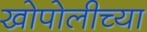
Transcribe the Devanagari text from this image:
खोपोलीच्या